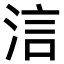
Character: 𣵧